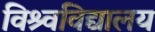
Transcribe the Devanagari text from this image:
विश्र्वविद्यालय